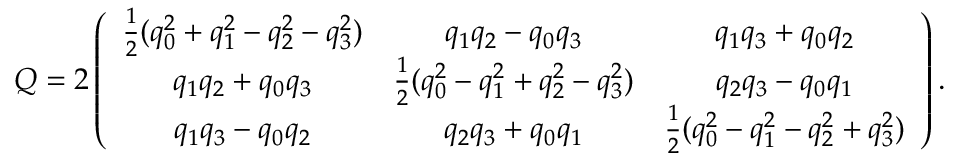
\begin{array} { r } { Q = 2 \left( \begin{array} { c c c c } { \frac { 1 } { 2 } ( q _ { 0 } ^ { 2 } + q _ { 1 } ^ { 2 } - q _ { 2 } ^ { 2 } - q _ { 3 } ^ { 2 } ) } & { q _ { 1 } q _ { 2 } - q _ { 0 } q _ { 3 } } & { q _ { 1 } q _ { 3 } + q _ { 0 } q _ { 2 } } \\ { q _ { 1 } q _ { 2 } + q _ { 0 } q _ { 3 } } & { \frac { 1 } { 2 } ( q _ { 0 } ^ { 2 } - q _ { 1 } ^ { 2 } + q _ { 2 } ^ { 2 } - q _ { 3 } ^ { 2 } ) } & { q _ { 2 } q _ { 3 } - q _ { 0 } q _ { 1 } } \\ { q _ { 1 } q _ { 3 } - q _ { 0 } q _ { 2 } } & { q _ { 2 } q _ { 3 } + q _ { 0 } q _ { 1 } } & { \frac { 1 } { 2 } ( q _ { 0 } ^ { 2 } - q _ { 1 } ^ { 2 } - q _ { 2 } ^ { 2 } + q _ { 3 } ^ { 2 } ) } \end{array} \right) . } \end{array}